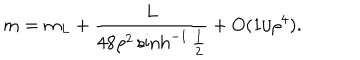
m = m _ { L } + { \frac { L } { 4 8 \rho ^ { 2 } \sinh ^ { - 1 } { \frac { 1 } { 2 } } } } + O ( 1 / \rho ^ { 4 } ) .